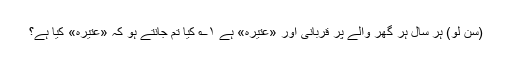
(سن لو) ہر سال ہر گھر والے پر قربانی اور «عتیرہ» ہے ۱؎ کیا تم جانتے ہو کہ «عتیرہ» کیا ہے؟